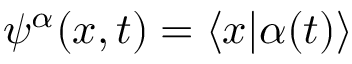
\psi ^ { \alpha } ( x , t ) = \langle x | \alpha ( t ) \rangle